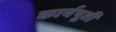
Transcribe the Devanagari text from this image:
कार्यपूर्ती